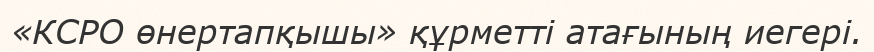
«КСРО өнертапқышы» құрметті атағының иегері.